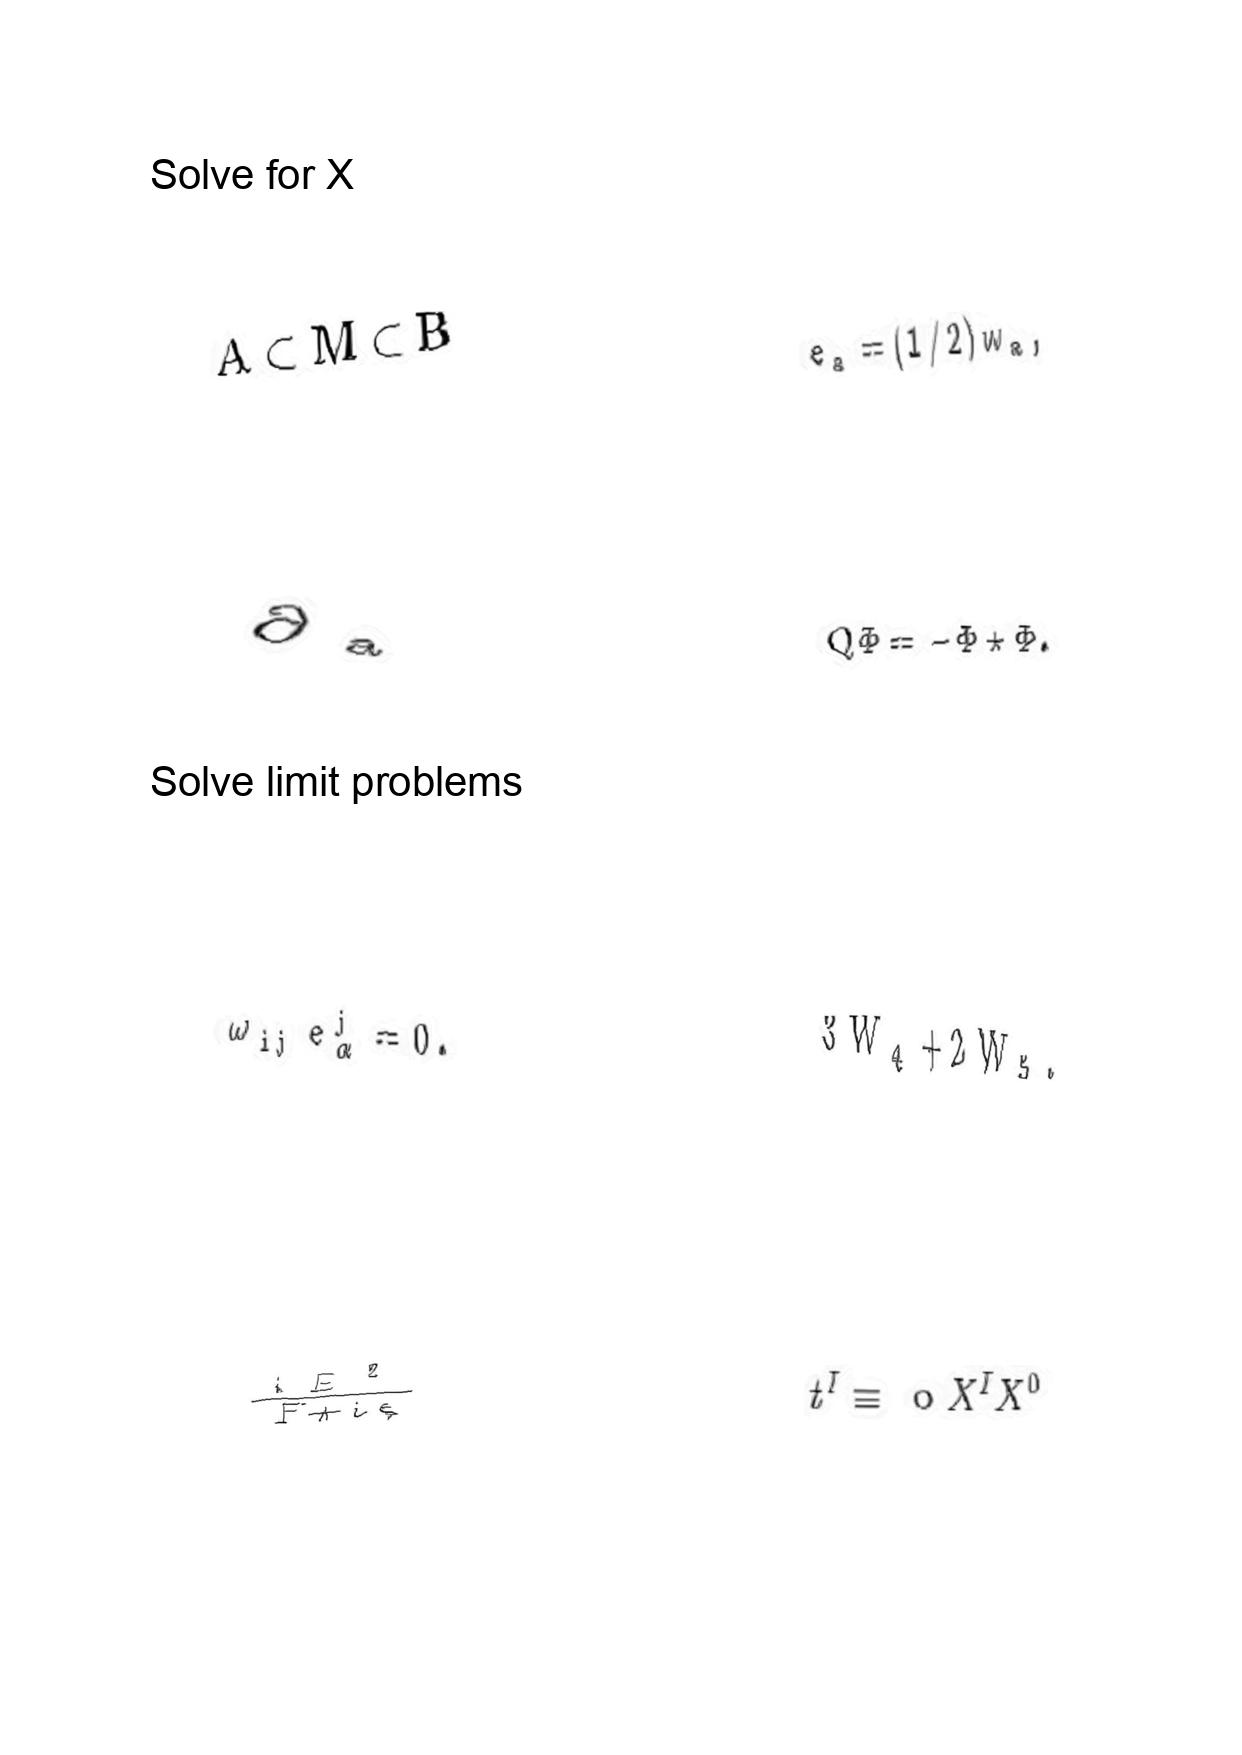
LaTeX transcription:
A \subset M \subset B
\partial _ { \mathrm { a } }
\omega _ { i j } e ^ { j } _ { \alpha } = 0 .
\frac { i E ^ { 2 } } { F + i \epsilon }
e _ { a } = \lparen 1 / 2 \rparen w _ { a } ,
Q \Phi = - \Phi \star \Phi .
3 W _ { 4 } + 2 W _ { 5 } .
t ^ { I } \equiv \text { \ o } X ^ { I } X ^ { 0 }